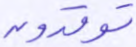
توقدون